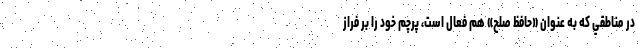
در مناطقي كه به عنوان «حافظ صلح» هم فعال است، پرچم خود را بر فراز